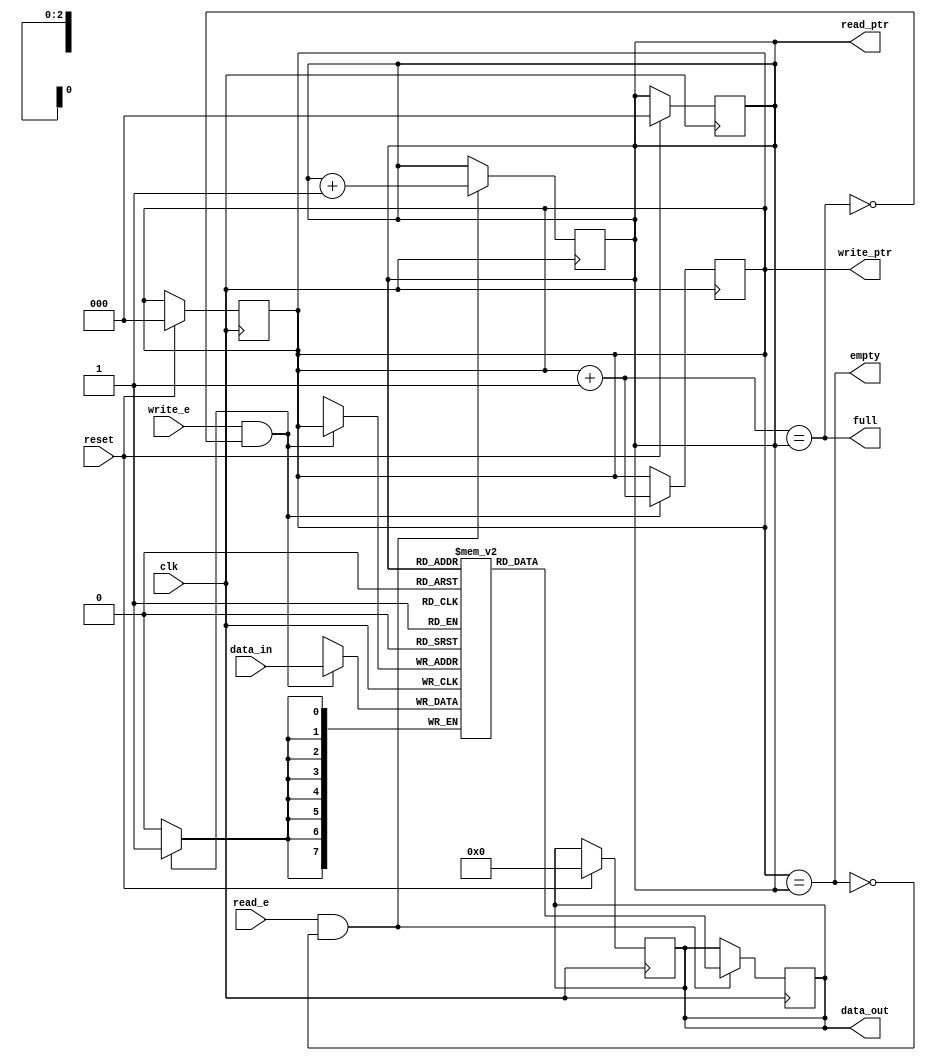
module sfifo(
  input clk,reset,write_e,read_e,
  input [7:0]data_in,
  output reg [7:0]data_out,
  output wire full,empty,
  output reg [2:0]write_ptr,read_ptr
   );
  reg [7:0]fifomem[7:0];
  always @(posedge clk)
    begin
      if(reset)
        begin
          write_ptr<=0;
          read_ptr<=0;
          data_out=0;
        end
    end
 
  always @(posedge clk)
    begin
      if(write_e && !full)
        begin
          fifomem[write_ptr]<=data_in;
          write_ptr<=write_ptr+1;
        end
    end
  
  always @(posedge clk)
    begin
      if(read_e && !empty)
        begin
          data_out<=fifomem[read_ptr];
          read_ptr<=read_ptr+1;
        end
    end
  
     assign full=((write_ptr+1'b1)==read_ptr);
     assign empty=(write_ptr==read_ptr);
endmodule